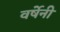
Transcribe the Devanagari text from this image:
वर्षेनी